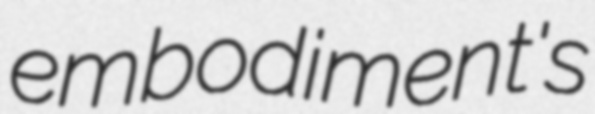
embodiment's